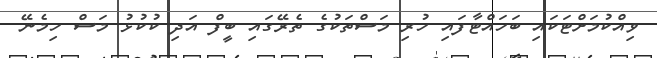
ވިއްކުމަށްޓަކައި ބަހައްޓާފައި ހުރި މަސްތަކުގެ ތެރޭގައި ބީފް އަދި ކުކުޅު މަސް ހިމެނޭ